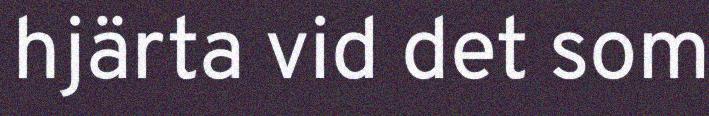
hjärta vid det som